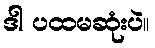
ဒါ ပထမဆုံးပဲ။